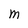
Character: M